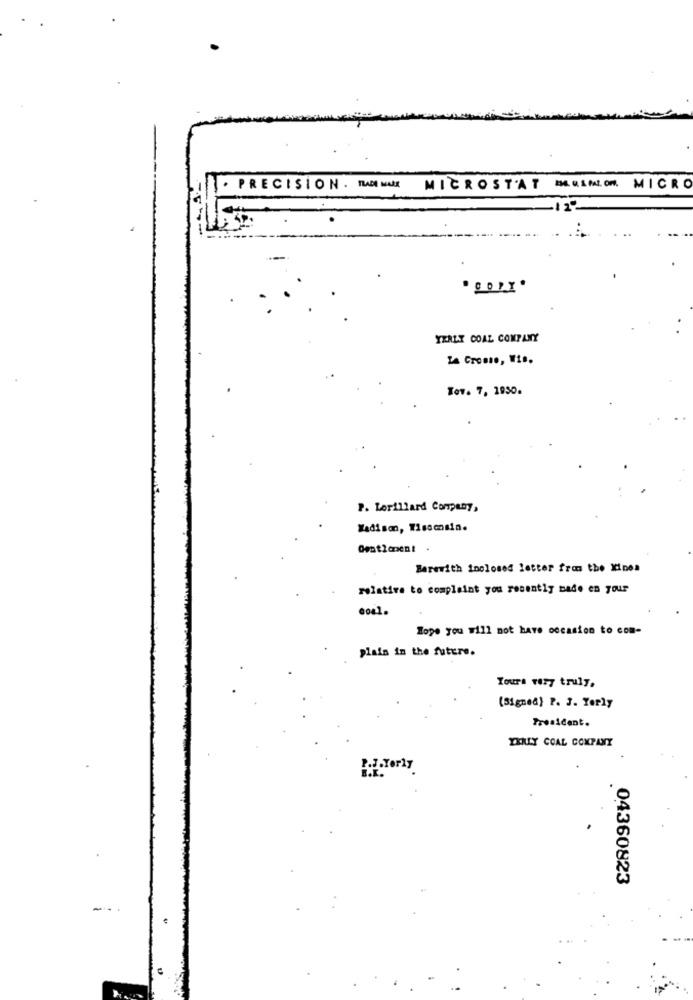
· PRECISION. TRADE MARK
MICROSTAT MEUSALON,
MICRO
YERLY COAL COMPANY
La Crosse, W1 ..
Tov. 7, 1950.
P. Lorillard Company,
Madison, Wisconsin.
Barewith inclosed letter from the Xines
relative to complaint you recently bade en your
Hope you will not have occasion to com-
plain in the future.
Yours very truly,
(Signed) P. 3. Yorly
President.
ZXRLY COAL COMPANY
04360823